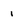
Character: i